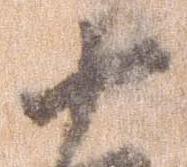
十